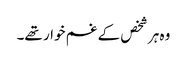
وہ ہر شخص کے غم خوار تھے۔